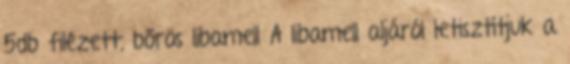
5db filézett, bőrös libamell A libamell aljáról letisztítjuk a